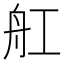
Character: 舡